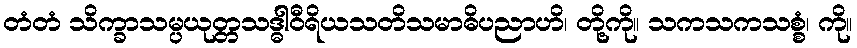
တံတံ သိက္ခာသမ္ပယုတ္တသဒ္ဓါဝီရိယသတိသမာဓိပညာဟိ၊ တို့ကို။ သကသကသစ္စံ၊ ကို။